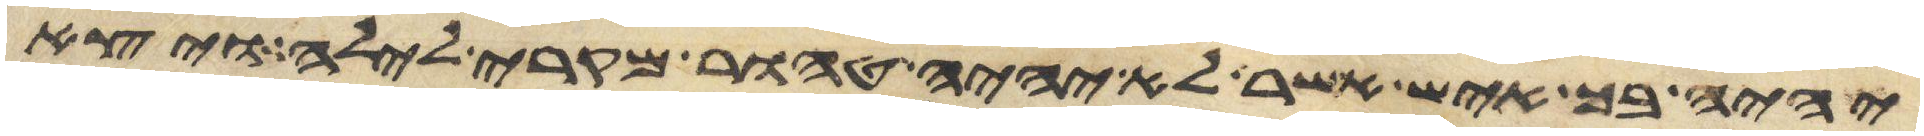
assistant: יהיה בך איש אשר לא יהיה טהור מקרי לילה ויצא